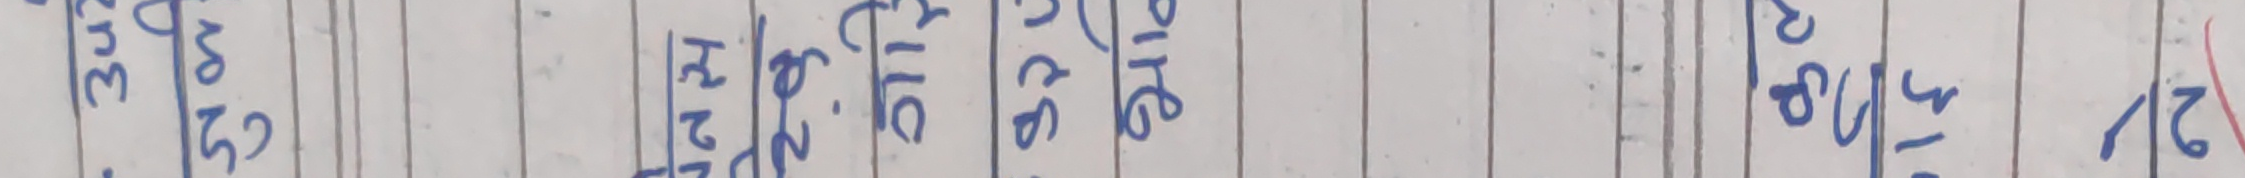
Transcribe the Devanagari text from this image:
३२ ४२ माघ चैत्र जेठ श्रावण आश्विन मंसिर
५० १९ फाल्गुण बैशाख असाढ़ भदौ कात्तिक पुस